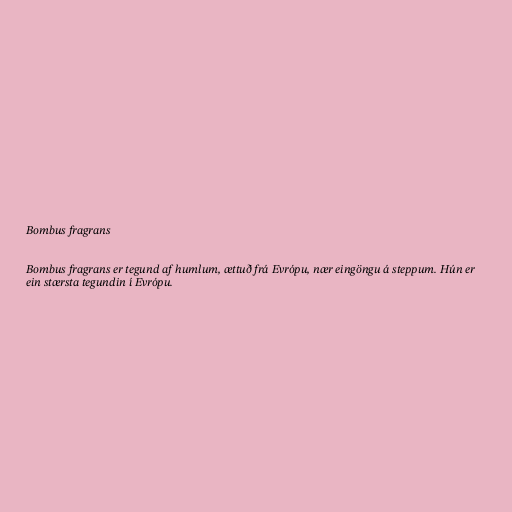
Bombus fragrans

Bombus fragrans er tegund af humlum, ættuð frá Evrópu, nær eingöngu á steppum. Hún er
ein stærsta tegundin í Evrópu.